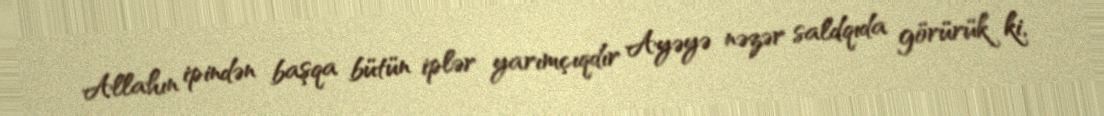
Allahın ipindən başqa bütün iplər yarımçıqdır Ayəyə nəzər saldqıda görürük ki,